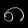
Digit: ၈